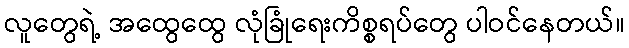
လူတွေရဲ့ အထွေထွေ လုံခြုံရေးကိစ္စရပ်တွေ ပါဝင်နေတယ်။